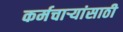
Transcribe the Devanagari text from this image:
कर्मचार्‍यांसाठी